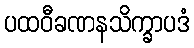
ပထဝီခဏနသိက္ခာပဒံ